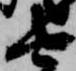
由